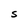
Character: S